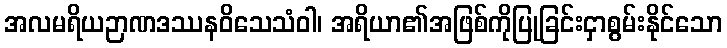
အလမရိယဉာဏဒဿနဝိသေသံဝါ၊ အရိယာ၏အဖြစ်ကိုပြုခြင်းငှာစွမ်းနိုင်သော